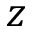
z